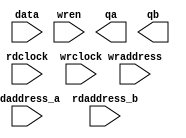
module IMG_TRI_BUFFER (
	data,
	rdaddress_a,
	rdaddress_b,
	rdclock,
	wraddress,
	wrclock,
	wren,
	qa,
	qb);

	input	[7:0]  data;
	input	[10:0]  rdaddress_a;
	input	[10:0]  rdaddress_b;
	input	  rdclock;
	input	[10:0]  wraddress;
	input	  wrclock;
	input	  wren;
	output	[7:0]  qa;
	output	[7:0]  qb;
`ifndef ALTERA_RESERVED_QIS
// synopsys translate_off
`endif
	tri1	  wren;
`ifndef ALTERA_RESERVED_QIS
// synopsys translate_on
`endif

endmodule